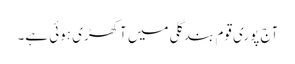
آج پوری قوم بندگلی میں آکھڑی ہوئی ہے۔